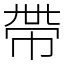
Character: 帶